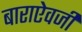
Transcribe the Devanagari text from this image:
बाराऐवजी